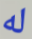
له